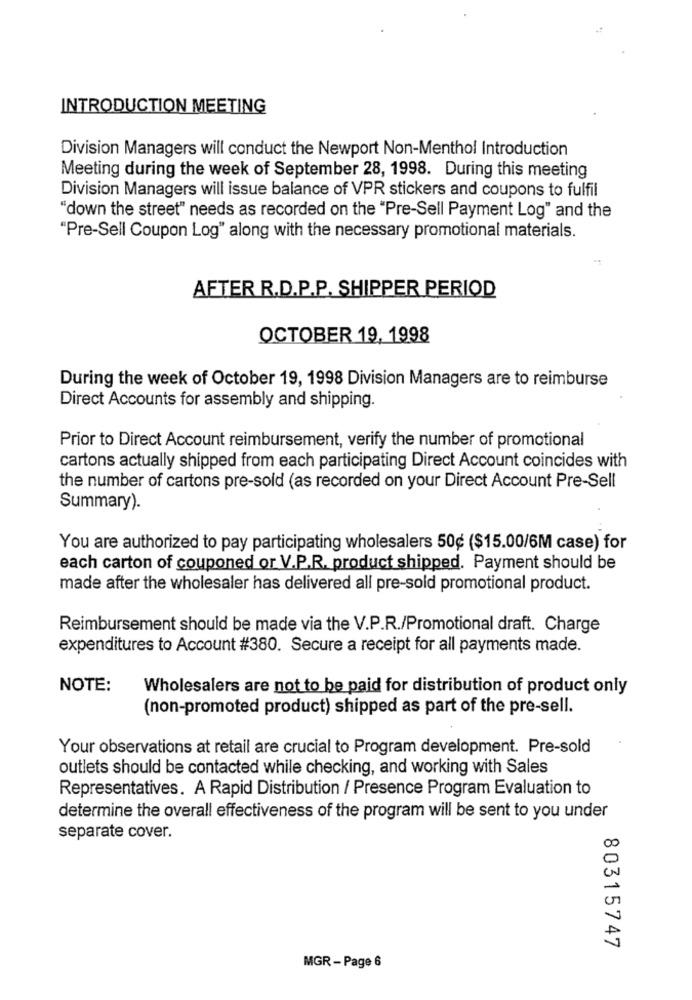
INTRODUCTION MEETING
Division Managers will conduct the Newport Non-Menthol Introduction
Meeting during the week of September 28, 1998. During this meeting
Division Managers will issue balance of VPR stickers and coupons to fulfil
"down the street" needs as recorded on the "Pre-Sell Payment Log" and the
"Pre-Sell Coupon Log" along with the necessary promotional materials.
AFTER R.D.P.P. SHIPPER PERIOD
OCTOBER 19, 1998
During the week of October 19, 1998 Division Managers are to reimburse
Direct Accounts for assembly and shipping.
Prior to Direct Account reimbursement, verify the number of promotional
cartons actually shipped from each participating Direct Account coincides with
the number of cartons pre-sold (as recorded on your Direct Account Pre-Sell
Summary).
You are authorized to pay participating wholesalers 50¢ ($15.00/6M case) for
each carton of couponed or V.P.R. product shipped. Payment should be
made after the wholesaler has delivered all pre-sold promotional product.
Reimbursement should be made via the V.P.R./Promotional draft. Charge
expenditures to Account #380. Secure a receipt for all payments made.
NOTE:
Wholesalers are not to be paid for distribution of product only
(non-promoted product) shipped as part of the pre-sell.
Your observations at retail are crucial to Program development. Pre-sold
outlets should be contacted while checking, and working with Sales
Representatives. A Rapid Distribution / Presence Program Evaluation to
determine the overall effectiveness of the program will be sent to you under
separate cover.
80315747
MGR - Page 6